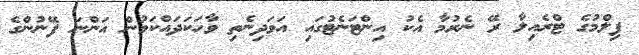
ފިލްމުގެ ޓްރެއިލާ ރޭ ނެރުމާ އެކު އިންޓަނެޓުގައި އަވަދިނެތި ވާހަކަދައްކަމުން އަންނަ ފޭނުންގެ